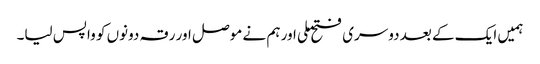
ہمیں ایک کے بعد دوسری فتح ملی اور ہم نے موصل اور رقہ دونوں کو واپس لیا۔